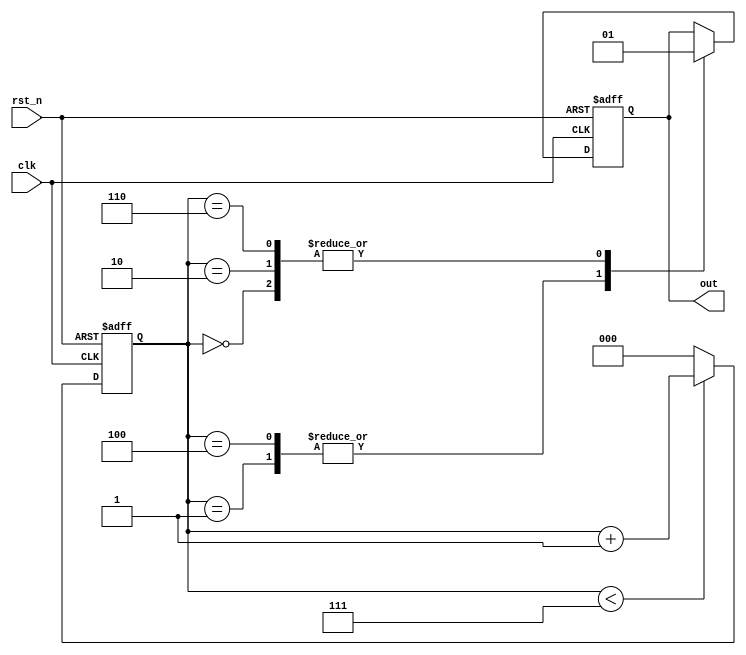
module lsm (
	input clk,    // Clock

	input rst_n,  // Asynchronous reset active low
	output out
	
);

	reg [2:0]cnt;
//产生节拍数
	always @(posedge clk or negedge rst_n) 
	begin : proc_
		if(~rst_n) begin
			cnt <= 0;
		end else begin
			 if(cnt < 7) begin
			 	cnt <= cnt +1;
			 end
			 else
			 cnt <= 0;
		end
	end

	always @(posedge clk or negedge rst_n) 
	begin : proc_2
		if(~rst_n) begin
			out <= 0;
		end else begin
			case(cnt)
				0	:	out <=1;    //上面的节拍数产生跳转
				1	:	out <=0;
				2	:	out <=1;
				4	:	out <=0;
				6	:	out <=1;

			endcase
		end
	end


endmodule